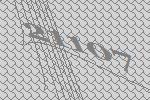
21107